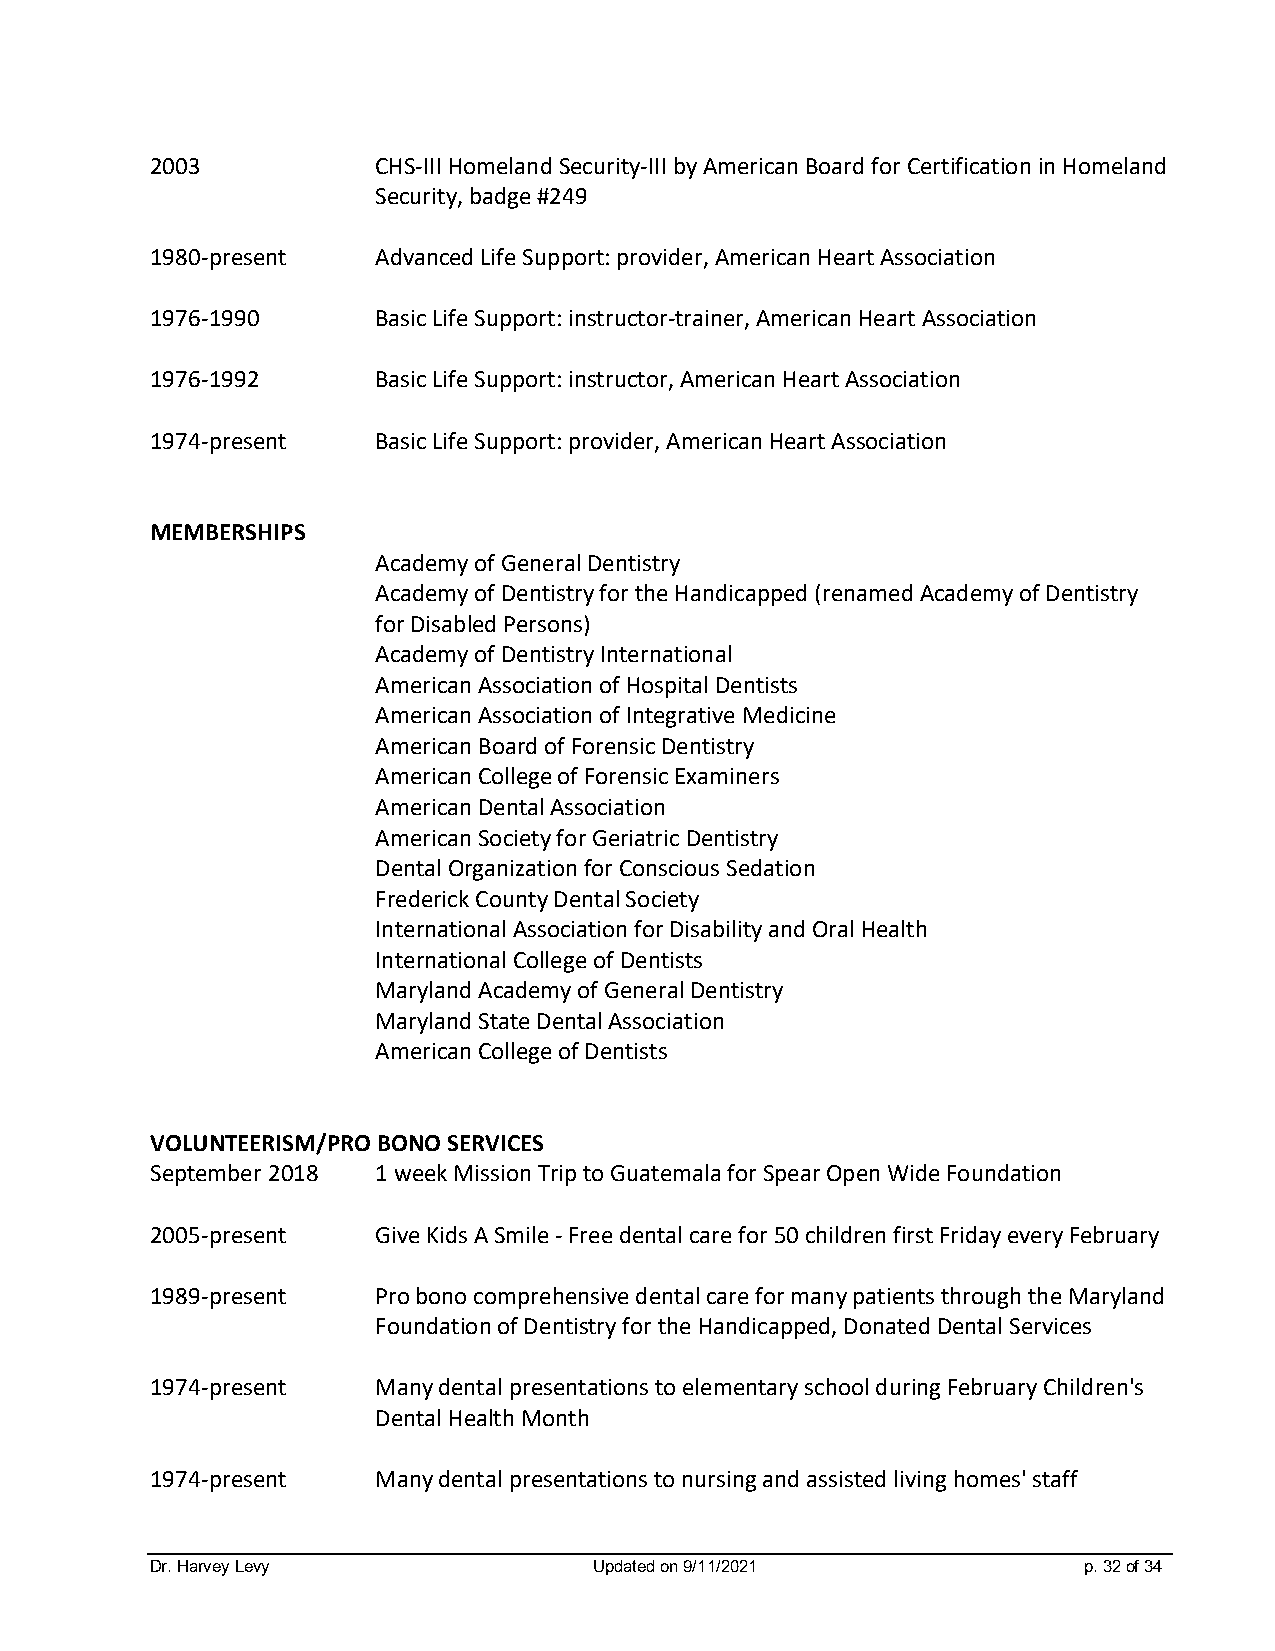
2003           CHS-III Homeland Security-III by American Board for Certification in Homeland
 Security, badge #249
 1980-present   Advanced Life Support: provider, American Heart Association
 1976-1990      Basic Life Support: instructor-trainer, American Heart Association
 1976-1992      Basic Life Support: instructor, American Heart Association
 1974-present   Basic Life Support: provider, American Heart Association
 MEMBERSHIPS
 Academy of General Dentistry
 Academy of Dentistry for the Handicapped (renamed Academy of Dentistry
 for Disabled Persons)
 Academy of Dentistry International
 American Association of Hospital Dentists
 American Association of Integrative Medicine
 American Board of Forensic Dentistry
 American College of Forensic Examiners
 American Dental Association
 American Society for Geriatric Dentistry
 Dental Organization for Conscious Sedation
 Frederick County Dental Society
 International Association for Disability and Oral Health
 International College of Dentists
 Maryland Academy of General Dentistry
 Maryland State Dental Association
 American College of Dentists
 VOLUNTEERISM/PRO BONO SERVICES
 September 2018 1 week Mission Trip to Guatemala for Spear Open Wide Foundation
 2005-present   Give Kids A Smile - Free dental care for 50 children first Friday every February
 1989-present   Pro bono comprehensive dental care for many patients through the Maryland
 Foundation of Dentistry for the Handicapped, Donated Dental Services
 1974-present   Many dental presentations to elementary school during February Children's
 Dental Health Month
 1974-present   Many dental presentations to nursing and assisted living homes' staff
 Dr. Harvey Levy              Updated on 9/11/2021             p. 32 of 34